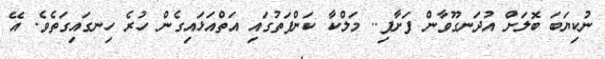
ނުކިޔަބަ ބޮލަށް އުދަނގޫވާން ފަށާފި.. މަލްކާ ކަންފަތުގައި އަތްއަޅައިގެން ހުރެ ހިނގައިގަތެވެ. އޭ